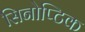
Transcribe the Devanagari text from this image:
सिनोप्टिक